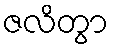
ဇလိတွာ